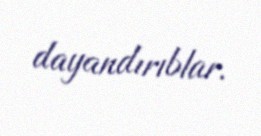
dayandırıblar.